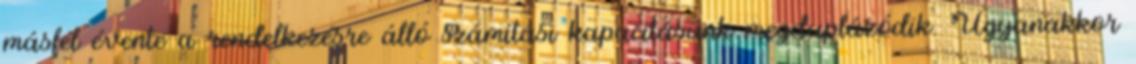
másfél évente a rendelkezésre álló számítási kapacitásunk megduplázódik. Ugyanakkor